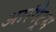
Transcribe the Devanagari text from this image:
आरंगेट्रम